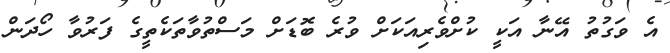
އެ ވަގުތު އޭނާ އަކީ ކުށްވެރިއަކަށް ވުރެ ބޮޑަށް މަސްތުވާތަކެތީގެ ފަރުވާ ހޯދަން